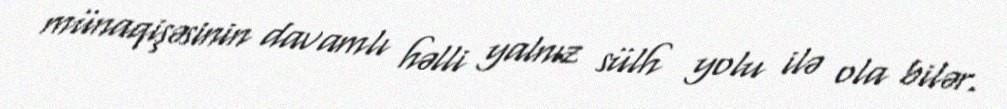
münaqişəsinin davamlı həlli yalnız sülh yolu ilə ola bilər.